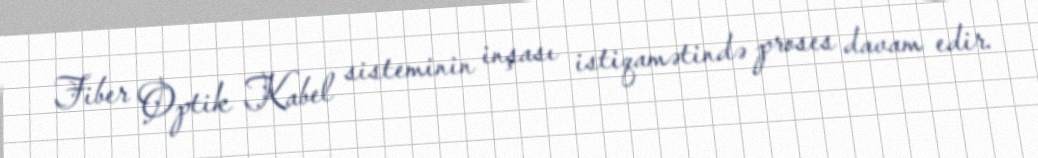
Fiber Optik Kabel sisteminin inşası istiqamətində proses davam edir.